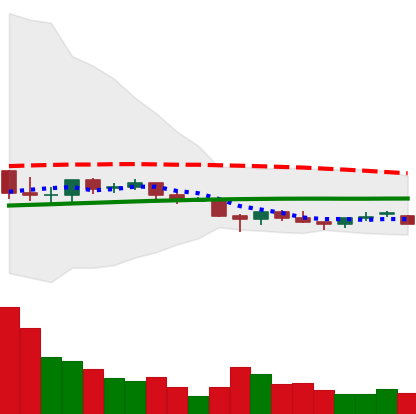
Ticker: EOS-USD
Chart end date: 2021-06-16
Forward return: -27.52%
Label: down_7plus